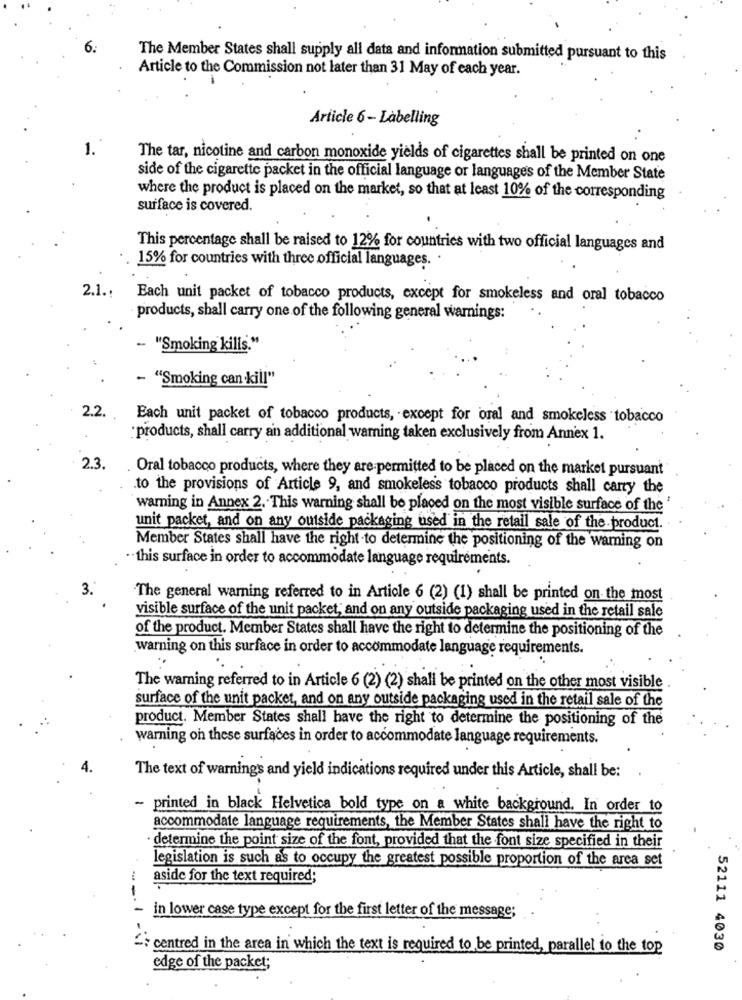
The Member States shall supply all data and information submitted pursuant to this
Article to the Commission not later than 31 May of each year.
Article 6 - Labelling
1.
The tar, nicotine and carbon monoxide yields of cigarettes shall be printed on one
side of the cigarette packet in the official language or languages of the Member State
where the product is placed on the market, so that at least 10% of the corresponding
surface is covered.
This percentage shall be raised to 12% for countries with two official languages and
15% for countries with three official languages. .
2.1 .:
Each unit packet of tobacco products, except for smokeless and oral tobacco
- products, shall carry one of the following general warnings:
- "Smoking kills."
- "Smoking can kill"
2.2.
Each unit packet of tobacco products, except for oral and smokeless tobacco
"products, shall carry an additional warning taken exclusively from Annex 1.
2.3.
Oral tobacco products, where they are permitted to be placed on the market pursuant
to the provisions of Article 9, and smokeless tobacco products shall carry the
warning in Annex 2. This warning shall be placed on the most visible surface of the
unit packet, and on any outside packaging used in the retail sale of the product.
Member States shall have the right to determine the positioning of the warning on
·· this surface in order to accommodate language requirements.
The general warning referred to in Article 6 (2) (1) shall be printed on the most
visible surface of the unit packet, and on any outside packaging used in the retail sale
of the product. Member States shall have the right to determine the positioning of the
warning on this surface in order to accommodate language requirements.
The warning referred to in Article 6 (2) (2) shall be printed on the other most visible
surface of the unit packet, and on any outside packaging used in the retail sale of the
product. Member States shall have the right to determine the positioning of the
warning on these surfaces in order to accommodate language requirements.
The text of warnings and yield indications required under this Article, shall be:
- printed in black Helvetica bold type on a white background. In order to
accommodate language requirements, the Member States shall have the right to
determine the point size of the font, provided that the font size specified in their
legislation is such as to occupy the greatest possible proportion of the area set
aside for the text required;
in lower case type except for the first letter of the message;
-
centred in the area in which the text is required to be printed, parallel to the top
52111 4030
edge of the packet;